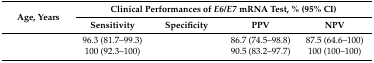
<table><thead><tr><td rowspan="2"><b>Age, Years</b></td><td colspan="4"><b>Clinical Performances of <i>E6/E7</i> mRNA Test, % (95% CI)</b></td></tr><tr><td><b>Sensitivity</b></td><td><b>Specificity</b></td><td><b>PPV</b></td><td><b>NPV</b></td></tr></thead><tbody><tr><td>[EMPTY_CELL]</td><td>96.3 (81.7–99.3)</td><td>[EMPTY_CELL]</td><td>86.7 (74.5–98.8)</td><td>87.5 (64.6–100)</td></tr><tr><td>[EMPTY_CELL]</td><td>100 (92.3–100)</td><td>[EMPTY_CELL]</td><td>90.5 (83.2–97.7)</td><td>100 (100–100)</td></tr></tbody></table>